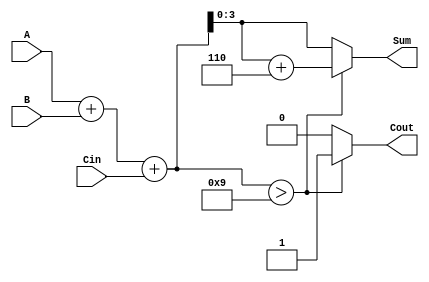
module BCD_Fast_Adder (
    input  [3:0] A,      // First BCD digit
    input  [3:0] B,      // Second BCD digit
    input        Cin,     // Carry input
    output reg [3:0] Sum, // Resulting BCD digit
    output reg Cout       // Carry output
);

    wire [4:0] Temp_Sum;        // Intermediate sum (5 bits to accommodate carry)
    wire correction_needed;      // Flag for correction
    wire [4:0] Corrected_Sum;   // Corrected sum if needed

    // Binary addition of A, B, and Cin
    assign Temp_Sum = A + B + Cin;

    // Check if correction is needed (Temp_Sum > 9)
    assign correction_needed = Temp_Sum > 5'd9;

    // If correction is needed, add 6 (0110)
    assign Corrected_Sum = Temp_Sum + 5'd6;

    // Output logic
    always @(*) begin
        if (correction_needed) begin
            Sum = Corrected_Sum[3:0]; // Take lower 4 bits after correction
            Cout = 1'b1;               // Set carry out
        end else begin
            Sum = Temp_Sum[3:0];      // No correction needed, take lower 4 bits
            Cout = 1'b0;               // No carry out
        end
    end

endmodule